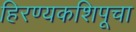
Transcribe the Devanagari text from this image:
हिरण्यकशिपूचा